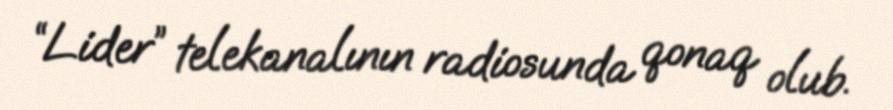
“Lider” telekanalının radiosunda qonaq olub.